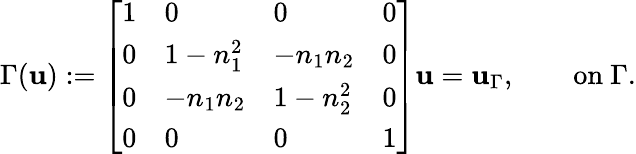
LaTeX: \Gamma(\mathbf{u}):=\left[\begin{array}{llll}{1}&{0}&{0}&{0}\\ {0}&{1-n_{1}^{2}}&{-n_{1}n_{2}}&{0}\\ {0}&{-n_{1}n_{2}}&{1-n_{2}^{2}}&{0}\\ {0}&{0}&{0}&{1}\end{array}\right]\mathbf{u}=\mathbf{u}_{\Gamma},\qquad\mathrm{on}~\Gamma.